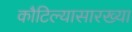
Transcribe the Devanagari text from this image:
कौटिल्यासारख्या